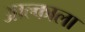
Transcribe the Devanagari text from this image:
आल्काला